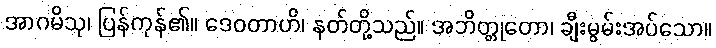
အာဂမိသု၊ ပြန်ကုန်၏။ ဒေဝတာဟိ၊ နတ်တို့သည်။ အဘိတ္တုတော၊ ချီးမွမ်းအပ်သော။